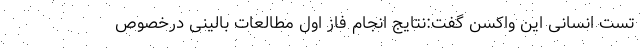
تست انسانی این واکسن گفت:نتایج انجام فاز اول مطالعات بالینی درخصوص